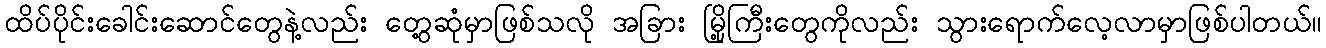
ထိပ်ပိုင်းခေါင်းဆောင်တွေနဲ့လည်း တွေ့ဆုံမှာဖြစ်သလို အခြား မြို့ကြီးတွေကိုလည်း သွားရောက်လေ့လာမှာဖြစ်ပါတယ်။